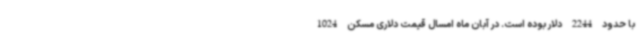
با حدود 2244 دلار بوده است. در آبان ماه امسال قیمت دلاری مسکن 1024